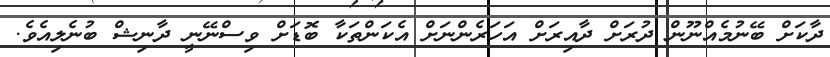
ދާކަށް ބޭނުމެއްނޫން ދުރަށް ދާއިރަށް އަހަރެންނަށް އެކަންތަކާ ބޮޑަށް ވިސްނޭނީ ދާނިޝް ބުނެލިއެވެ.